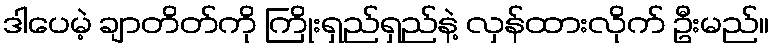
ဒါပေမဲ့ ချာတိတ်ကို ကြိုးရှည်ရှည်နဲ့ လှန်ထားလိုက် ဦးမည်။